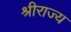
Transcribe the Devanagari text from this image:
श्रीराज्य